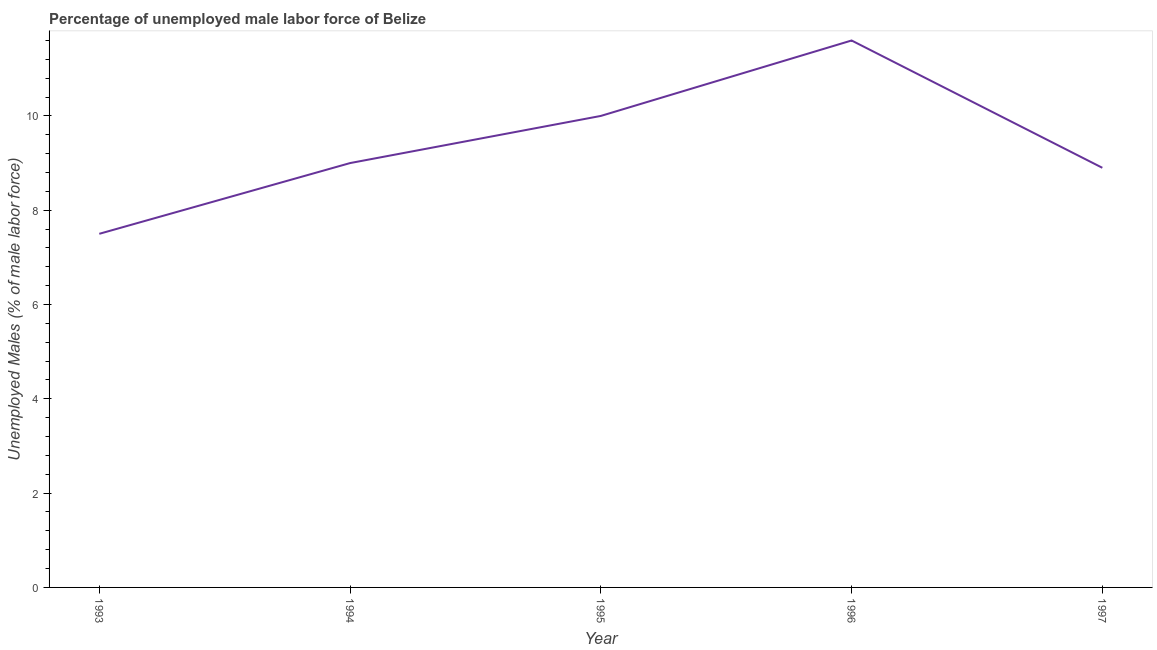
| Year | Unemployment male |
 | --- | --- |
 | 1993 | 7.5 |
 | 1994 | 9 |
 | 1995 | 10 |
 | 1996 | 11.6 |
 | 1997 | 8.9 |